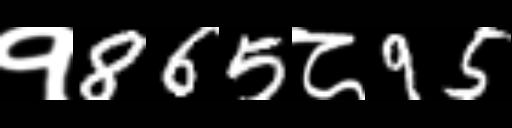
Text: १865८95